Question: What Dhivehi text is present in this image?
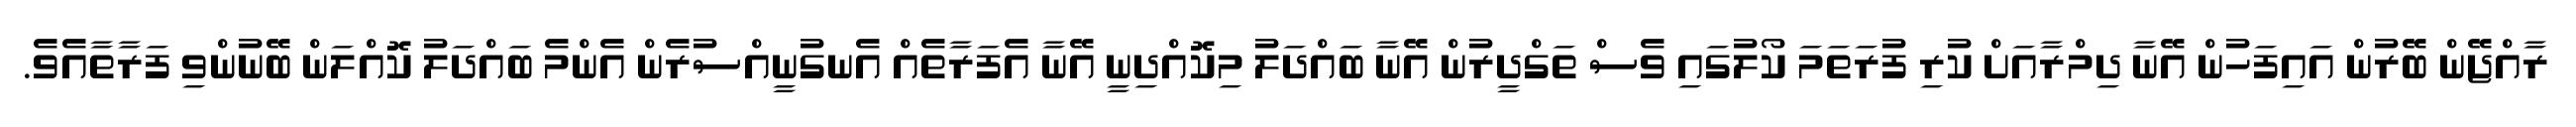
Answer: ރާއްޖޭން ބޭރުން އައިފަހުން އޭނާ ދިމްރާއަށް ކުރި ފުރަތަމަ ކޯލުގައި ވެސް ތަގްދީރުން އޭނާ ބައްދަލު މިކޮއްދިނީ އޭނާ އެފަރާތެއް އެނގުނީއްސުރެން އެންމެ ބައްދަލު ކޮއްލަން ބޭނުންވި ފަރާތާއެވެ.